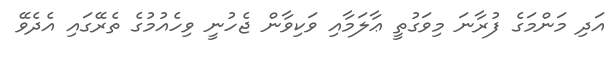
އަދި މަންމަގެ ފުރާނަ މިވަގުތީ ޢާލަމާއި ވަކިވާން ޖެހުނީ ވިހެއުމުގެ ތެރޭގައި އެދެވޭ